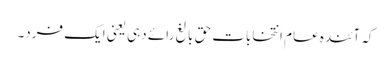
کہ آئندہ عام انتخابات حقِ بالغ رائے دہی یعنی ایک فرد۔